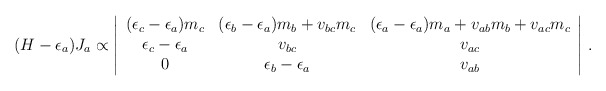
\begin{align*}(H-\epsilon_a)J_a\propto\left| \begin{array}{ccc}(\epsilon_c-\epsilon_a)m_c&(\epsilon_b-\epsilon_a)m_b+v_{bc}m_{c}&(\epsilon_a-\epsilon_a)m_a+v_{ab}m_{b}+v_{ac}m_{c}\cr\epsilon_c-\epsilon_a & v_{bc}&v_{ac}\cr0&\epsilon_b-\epsilon_a & v_{ab}\end{array}\right| \, .\end{align*}